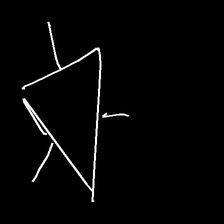
Glyph: fire